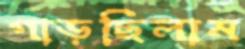
গাড়ছিলাম